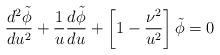
LaTeX: \begin{align*}{{d^2 \tilde \phi} \over d u^2} + {1 \over u} {d \tilde \phi \over d u} +\left [ 1 - {\nu^2 \over u^2} \right ] \tilde \phi =0 \end{align*}